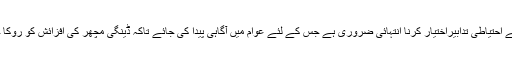
انکا کہنا تھا کہ اپنے ماحول کو صاف ستھرا رکھنے کے لئے اور ڈینگی سے بچاو کے لئے احتیاطی تدابیراختیار کرنا انتہائی ضروری ہے جس کے لئے عوام میں آگاہی پیدا کی جائے تاکہ ڈینگی مچھر کی افزائش کو روکا جا سکے تمام متعلقہ محکموں نے ڈینگی کی روک تھام کے لئے سرولنس تیز کر دی ہے ۔